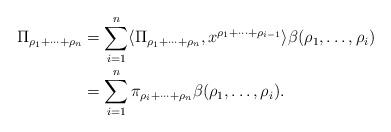
LaTeX: \begin{align*}\Pi_{\rho_1 + \cdots + \rho_n} & = \sum_{i=1}^n \langle \Pi_{\rho_1+\cdots+ \rho_n} , x^{\rho_1 + \cdots + \rho_{i-1}}\rangle \beta(\rho_1, \dots ,\rho_i) \\& = \sum_{i=1}^n \pi_{\rho_i + \cdots+ \rho_n} \beta(\rho_1, \dots, \rho_i).\end{align*}